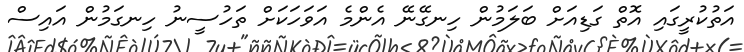
އަތުކުރީގައި އޮތް ގަޑިއަށް ބަލަމުން ހިނގޭނޭ އެންމެ އަވަހަކަށް ތަހުސީނު ހިނގަމުން އައިސް